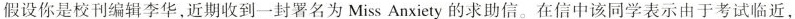
假设你是校刊编辑李华，近期收到一封署名为MissAnxiety的求助信。在信中该同学表示由于考试临近，